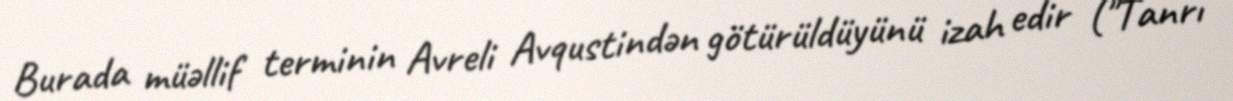
Burada müəllif terminin Avreli Avqustindən götürüldüyünü izah edir ("Tanrı